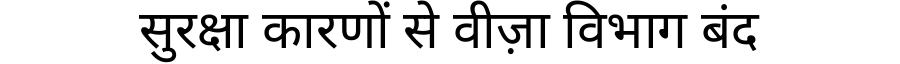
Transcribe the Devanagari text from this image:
सुरक्षा कारणों से वीज़ा विभाग बंद